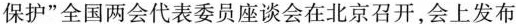
保护”全国两会代表委员座谈会在北京召开，会上发布